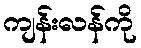
ကျန်းလန်ကို